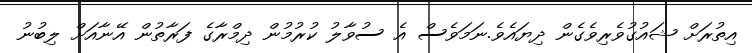
އިތުރަށް ޝައުގުވެރިވެގެން ދިޔައެވެ.ނަމަވެސް އެ ސުވާލު ކުރުމުން ދިމްރާގެ ފަރާތުން އޭނާއަށް ލިބުނު